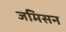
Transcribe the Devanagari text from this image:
जमिसन